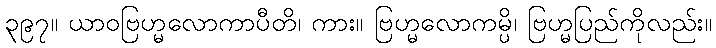
၃၉၇။ ယာဝဗြဟ္မလောကာပီတိ၊ ကား။ ဗြဟ္မလောကမ္ပိ၊ ဗြဟ္မပြည်ကိုလည်း။